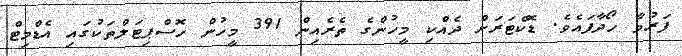
ފަރުވާ ހޯދާފައެވެ. ޑޮކްޓަރަށް ދެއްކި މީހުންގެ ތެރެއިން 391 މީހުން ހޮސްޕިޓަލްތަކުގައި އެޑްމިޓް